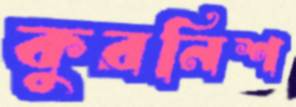
কুরনিশ